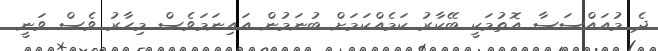
ދެ މުއައްސަސާ އޮތުމަކީ ބޭކާރު ކަމެއްކަމަށް ބުނަމުން އައިނަމަވެސް މިހާރު ވެސް ވަނީ